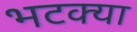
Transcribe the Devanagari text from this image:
भटक्‍या